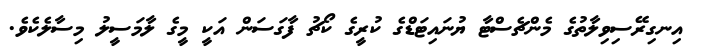
އިނގިރޭސިވިލާތުގެ މެންޗެސްޓާ ޔުނައިޓަޑްގެ ކުރީގެ ކޯޗު ފާގަސަން އަކީ މީގެ ލާމަސީލު މިސާލެކެވެ.